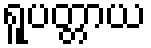
ရူပတ္တာယ